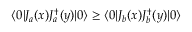
\langle 0 | J _ { a } ( x ) J _ { a } ^ { \dag } ( y ) | 0 \rangle \geq \langle 0 | J _ { b } ( x ) J _ { b } ^ { \dag } ( y ) | 0 \rangle